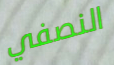
النصفي